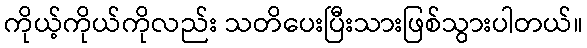
ကိုယ့်ကိုယ်ကိုလည်း သတိပေးပြီးသားဖြစ်သွားပါတယ်။